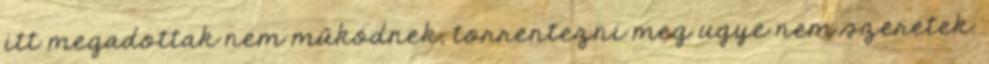
itt megadottak nem működnek, torrentezni meg ugye nem szeretek.